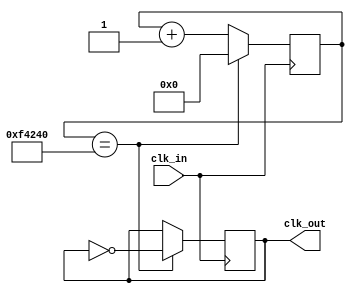
module slowclk(
    input clk_in, //input clock of 200MHz
    output clk_out  // 4Hz slow clock
    );
    reg [25:0] count=0;
    reg clk_out;
    
    always@(posedge clk_in)
    begin
        count <= count+1;
        if(count == 1_000_000)
        begin
        count <= 0;  //counter resets itself to 0
        clk_out =~clk_out;  //inverts the clock
        end
     end
endmodule